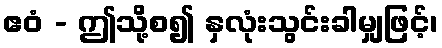
ဧဝံ - ဤသို့စ၍ နှလုံးသွင်းခါမျှဖြင့်၊